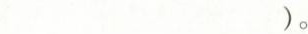
)。